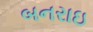
બનરાઇ